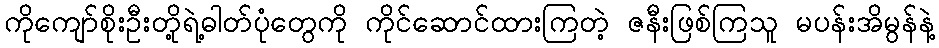
ကိုကျော်စိုးဦးတို့ရဲ့ဓါတ်ပုံတွေကို ကိုင်ဆောင်ထားကြတဲ့ ဇနီးဖြစ်ကြသူ မပန်းအိမွန်နဲ့